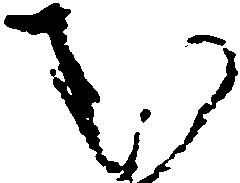
む